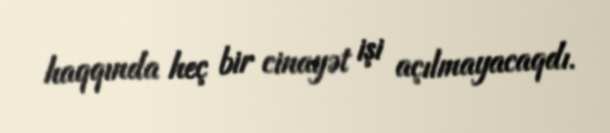
haqqında heç bir cinayət işi açılmayacaqdı.